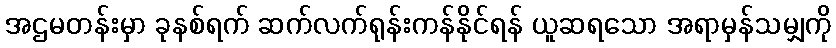
အဌမတန်းမှာ ခုနစ်ရက် ဆက်လက်ရုန်းကန်နိုင်ရန် ယူဆရသော အရာမှန်သမျှကို